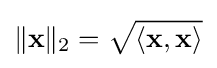
\|\mathbf {x} \|_{2}={\sqrt {\langle \mathbf {x} ,\mathbf {x} \rangle }}